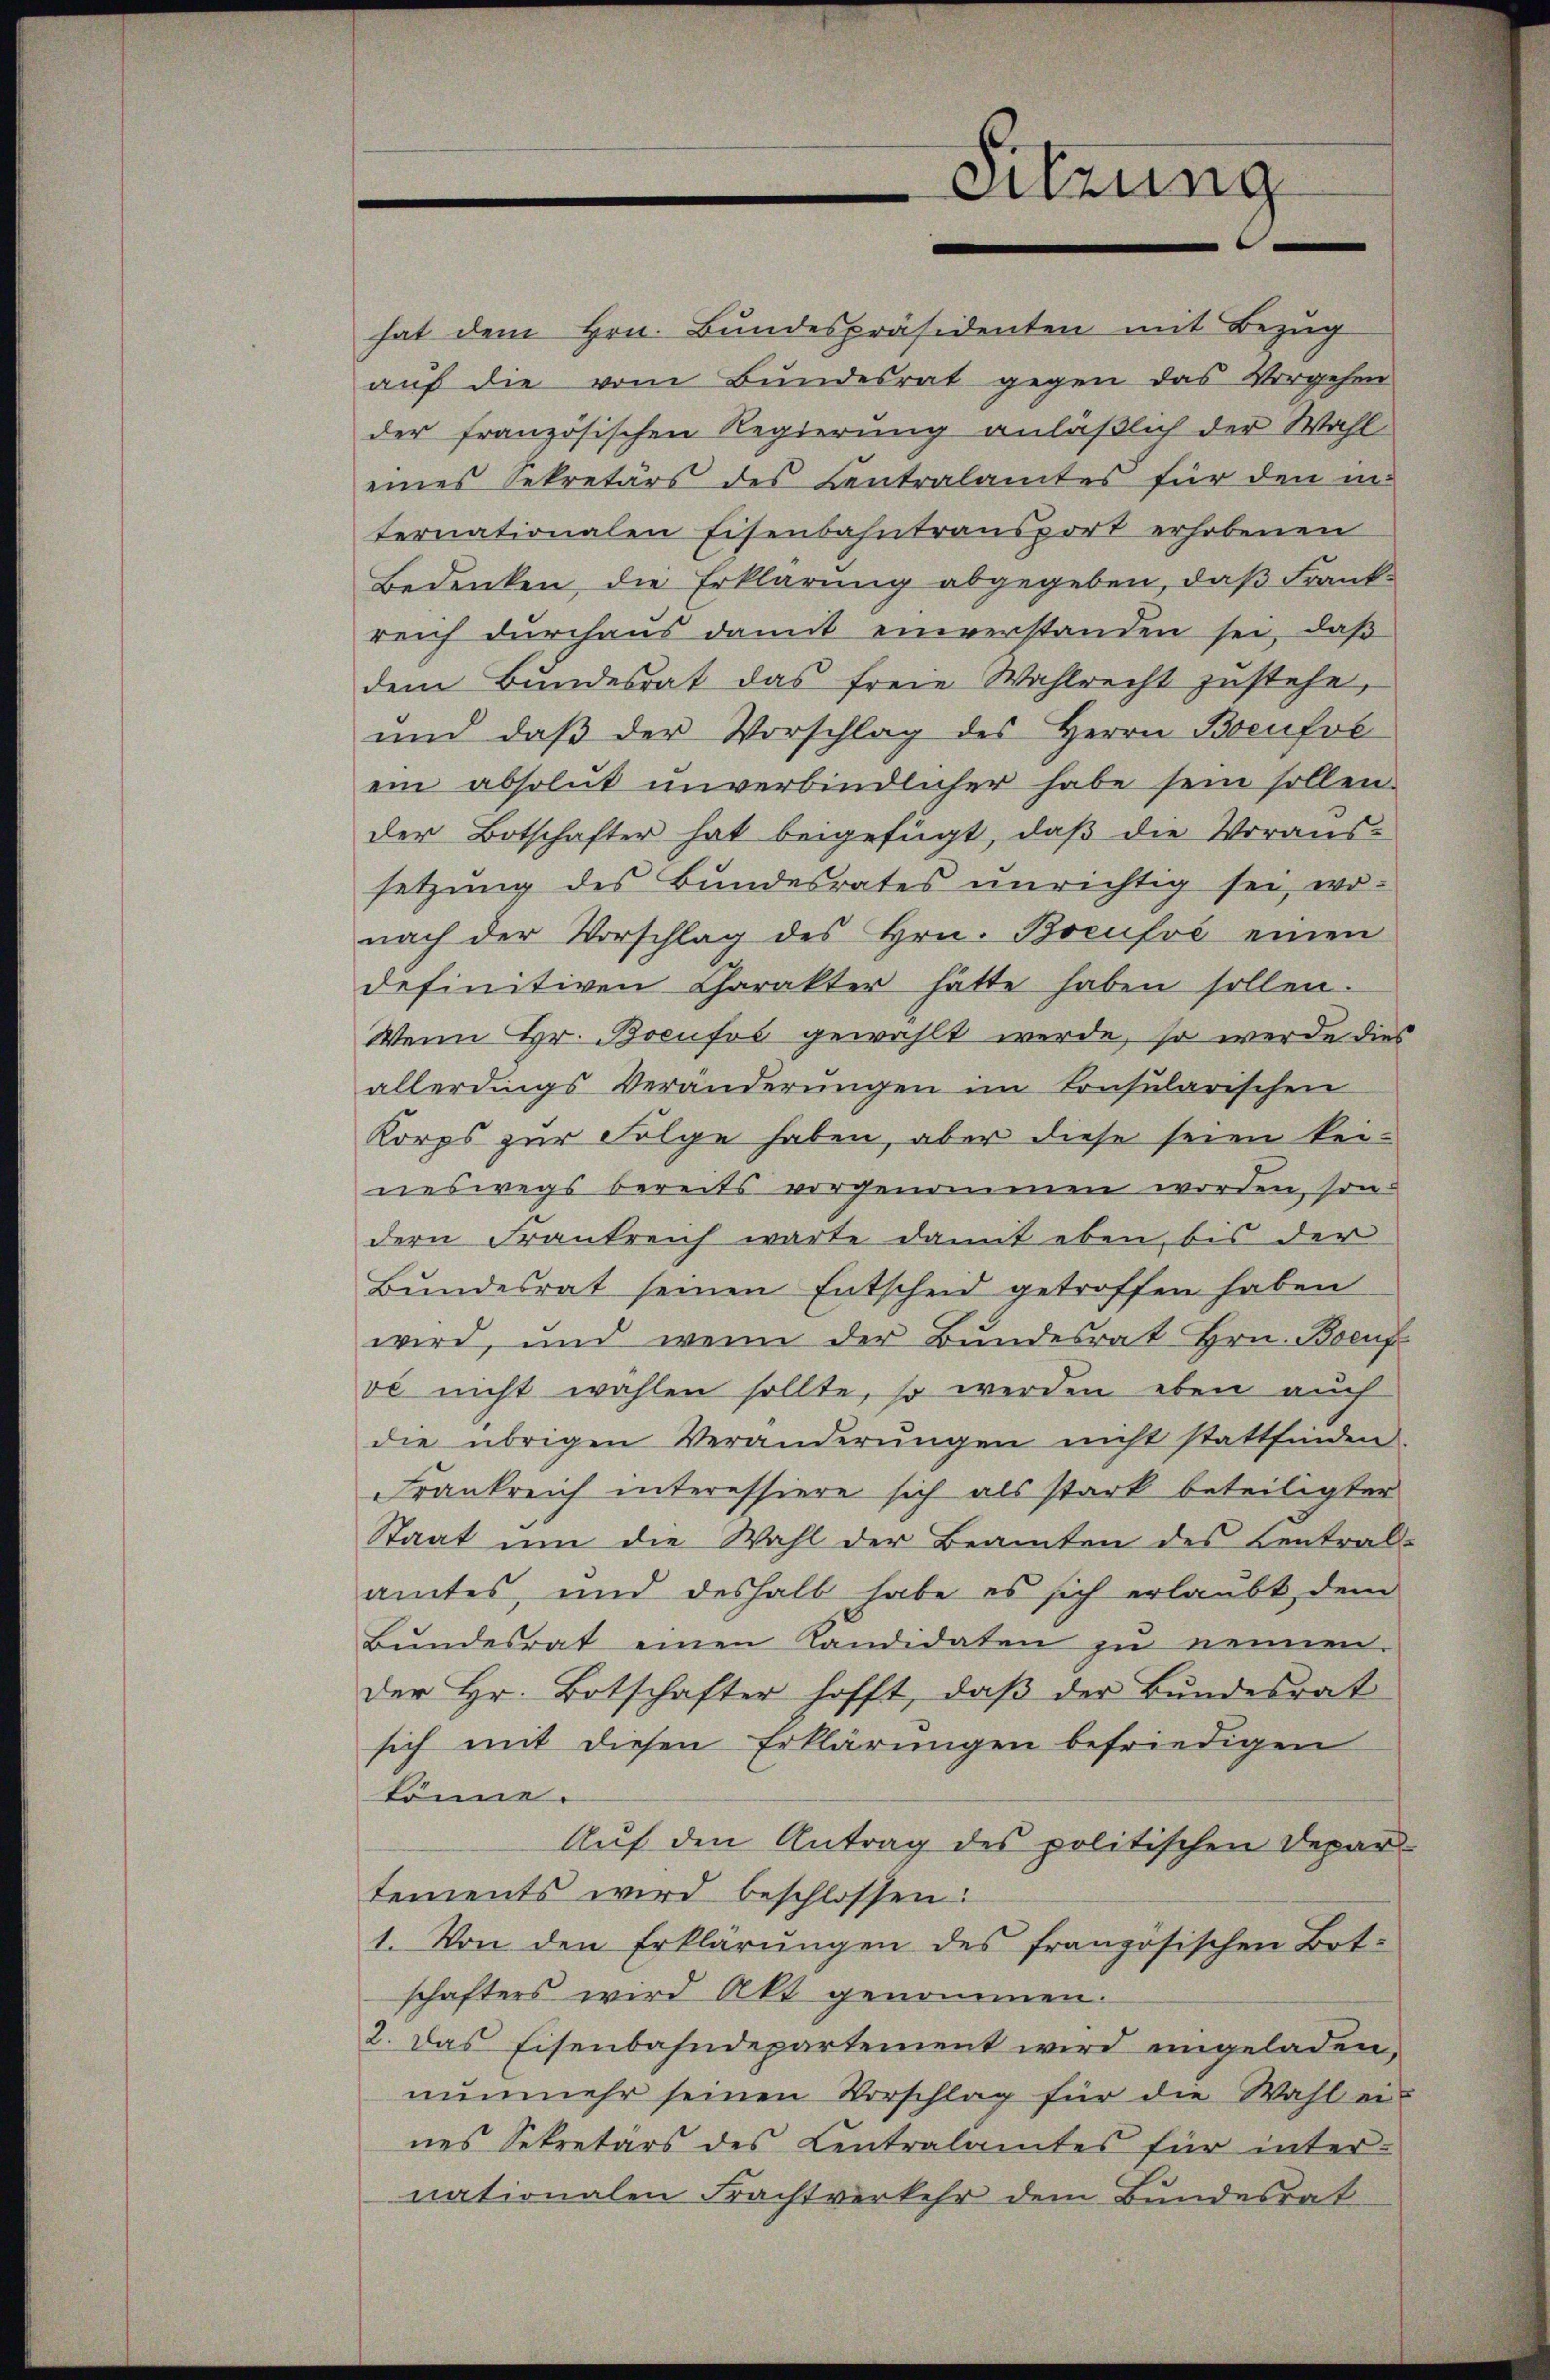
Sitzung

hat dem Hrn. Bundespräsidenten mit Bezug
auf die vom Bundesrat gegen das Vorgehen
der französischen Regierung anläßlich der Wahl
eines Sekretärs des Centralamtes für den in
ternationalen Eisenbahntransport erhobenen
Bedenken, die Erklärung abgegeben, daß Frankreich durchaus damit einverstanden sei, daß
dem Bundesrat das freie Wahlrecht zŭstehe,
und daβ der Vorschlag des Herrn Bocufve
ein absolut unverbindlicher habe sein sollen.
der Botschafter hat beigefügt, daß die Voraus-
setzung des Bundesrates unrichtig sei, wo-
nach der Vorschlag des Hrn. Bocufvé einen
definitiven Charakter hätte haben sollen.
Wenn Hr. Bocufos gewählt werde, so werde dies
allerdings Veränderŭngen im Konsularischen
Korps zur Folge haben, aber diese seien keineswegs bereits vorgenommen worden, sondern Frankreich warte damit eben, bis der
Bundesrat seinen Entscheid getroffen haben
wird, und wenn der Bundesrat Hrn. Boeuf
vo nicht wählen sollte, so werden eben auch
die übrigen Veränderŭngen nicht stattfinden.
Frankreich interessiere sich als stark beteiligter
Staat ŭm die Wahl der Beamten des Central-
amtes, und deshalb habe es sich erlaubt dem
Bŭndesrat einen Kandidaten zŭ nennen.
der Hr. Botschafter hofft, daß der Bundesrat
sich mit diesen Erklärungen befriedigen
könne.
Auf den Antrag des politischen Depar-
tements wird beschlossen:
1. Von den Erklärŭngen des französischen Botschafters wird Akt genommen.
2. Das Eisenbahndepartement wird eingeladen,
nŭnmehr seinen Vorschlag für die Wahl ei-
nes Sekretärs des Centralamtes für inter-
nationalen Frachtverkehr dem Bundesrat